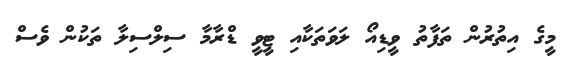
މީގެ އިތުރުން ތަފާތު ވީޑިއޯ ލަވަތަކާއި ޓީވީ ޑްރާމާ ސިލްސިލާ ތަކުން ވެސް